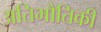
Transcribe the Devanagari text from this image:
अतिभौतिकी